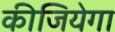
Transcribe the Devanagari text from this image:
कीजियेगा